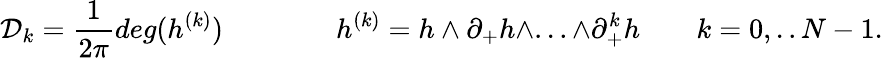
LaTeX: {\cal D}_{k}=\frac{1}{2\pi}deg(h^{(k)})\qquad\qquad h^{(k)}=h\wedge\partial_{+}h\wedge...\wedge\partial_{+}^{k}h\qquad k=0,..N-1.